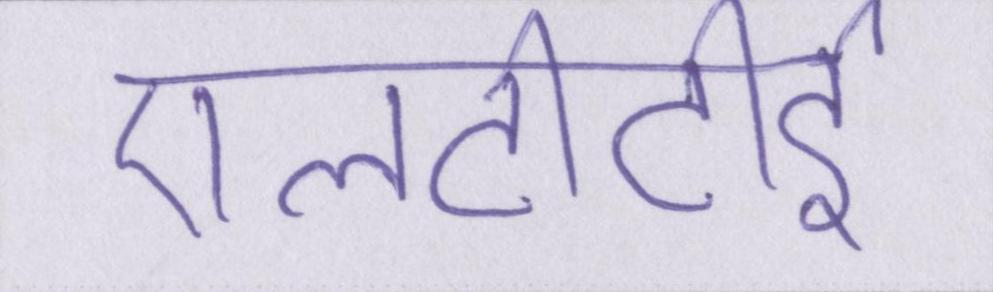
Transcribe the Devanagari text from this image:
एलटीटीइ